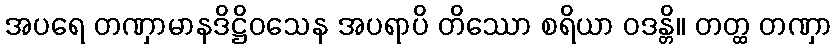
အပရေ တဏှာမာနဒိဋ္ဌိဝသေန အပရာပိ တိဿော စရိယာ ဝဒန္တိ။ တတ္ထ တဏှာ